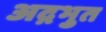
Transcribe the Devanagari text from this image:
अद़भुत